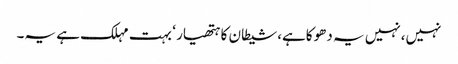
نہیں،نہیں یہ دھوکاہے،شیطان کا ہتھیار ‘ بہت مہلک ہے یہ۔